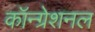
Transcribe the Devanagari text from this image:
कॉन्ग्रेशनल